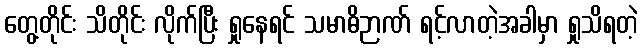
တွေ့တိုင်း သိတိုင်း လိုက်ပြီး ရှုနေရင် သမာဓိဉာဏ် ရင့်လာတဲ့အခါမှာ ရှုသိရတဲ့